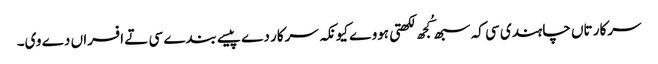
سرکار تاں چاہندی سی کہ سبھ کُجھ لکھتی ہووے کیونکہ سرکار دے پیسے بندے سی تے افسراں دے وی۔